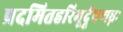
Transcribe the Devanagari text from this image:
प्रदमितहरिभूर्दूषणघ्नः